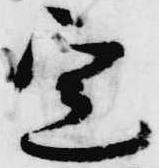
実